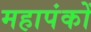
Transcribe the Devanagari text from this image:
महापंकों